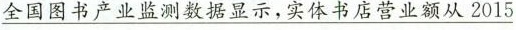
\underline{全国图书产业监测数据显示，实体书店营业额从2015}